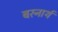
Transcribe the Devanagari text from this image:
बरनार्थ